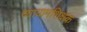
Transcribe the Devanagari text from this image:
व्यायामशिक्षक